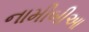
નામીબીઆ